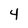
Character: 4